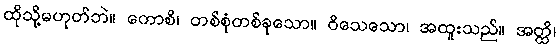
ထိုသို့မဟုတ်ဘဲ။ ကောစိ၊ တစ်စုံတစ်ခုသော။ ဝိသေသော၊ အထူးသည်။ အတ္ထိ၊